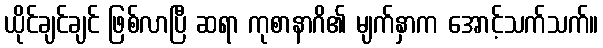
ယိုင်ချင်ချင် ဖြစ်လာပြီ ဆရာ ကုစာနာဂိ၏ မျက်နှာက အောင့်သက်သက်။